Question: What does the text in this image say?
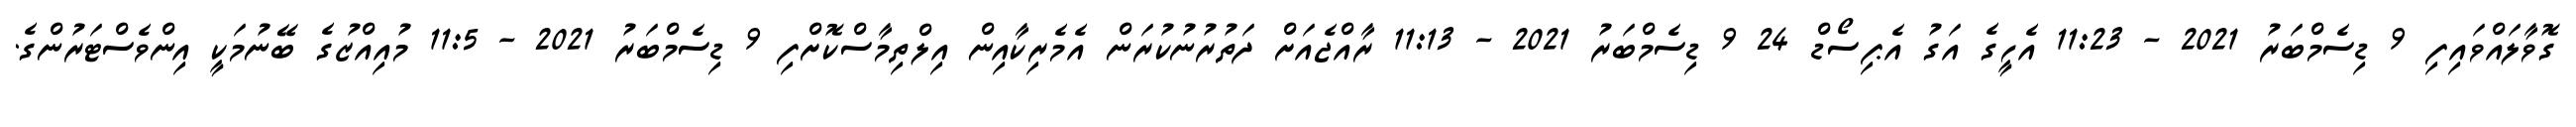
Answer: ގޮވާލައްވައިފި 9 ޑިސެމްބަރު 2021 - 11:23 އެހީގެ އަގު އެޕިސޯޑް 24 9 ޑިސެމްބަރު 2021 - 11:13 ރާއްޖެއަށް ދަތުރުނުކުރަން އެމެރިކާއިން އިލްތިމާސްކޮށްފި 9 ޑިސެމްބަރު 2021 - 11:5 މުއިއްޒުގެ ބޭނުމަކީ އިންވެސްޓަރުންގެ.